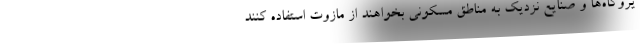
یروگاه‌ها و صنایع نزدیک به مناطق مسکونی بخواهند از مازوت استفاده کنند